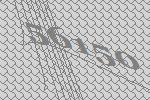
56150